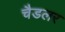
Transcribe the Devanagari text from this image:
चैडलर